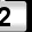
Digit: 2